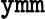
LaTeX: \mathtt{ymm}